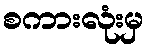
စကားလုံးမှ